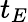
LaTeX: t_{E}